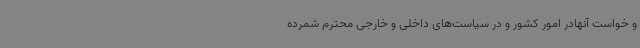
و خواست آنهادر امور کشور و در سیاست‌های داخلی و خارجی محترم شمرده